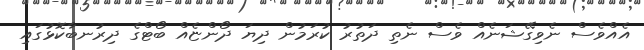
އެއްވެސް ނެވިގޭޝަނެއް ވެސް ނެތި ދަތުރު ކުރަމުން ދިޔަ ދޯންޏެއް ބޯޓްގެ ދިރުނބާކޮޅުގައި